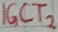
Text: IGCT2